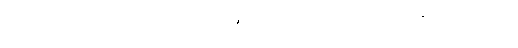
ပေါင်းစည်းသွားမည် ခမ်ဘေးက လျှို့ဝှက်ဆန်းကြယ်မှုများ ဦးအောင်မင်းတို့နှင့် ဖျက်မရသည့်